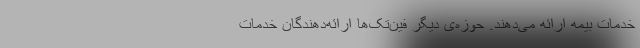
خدمات بیمه ارائه می‌دهند. حوزه‌ی دیگر فین‌تک‌ها ارائه‌دهندگان خدمات